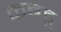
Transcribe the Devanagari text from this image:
कबहु